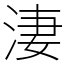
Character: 淒